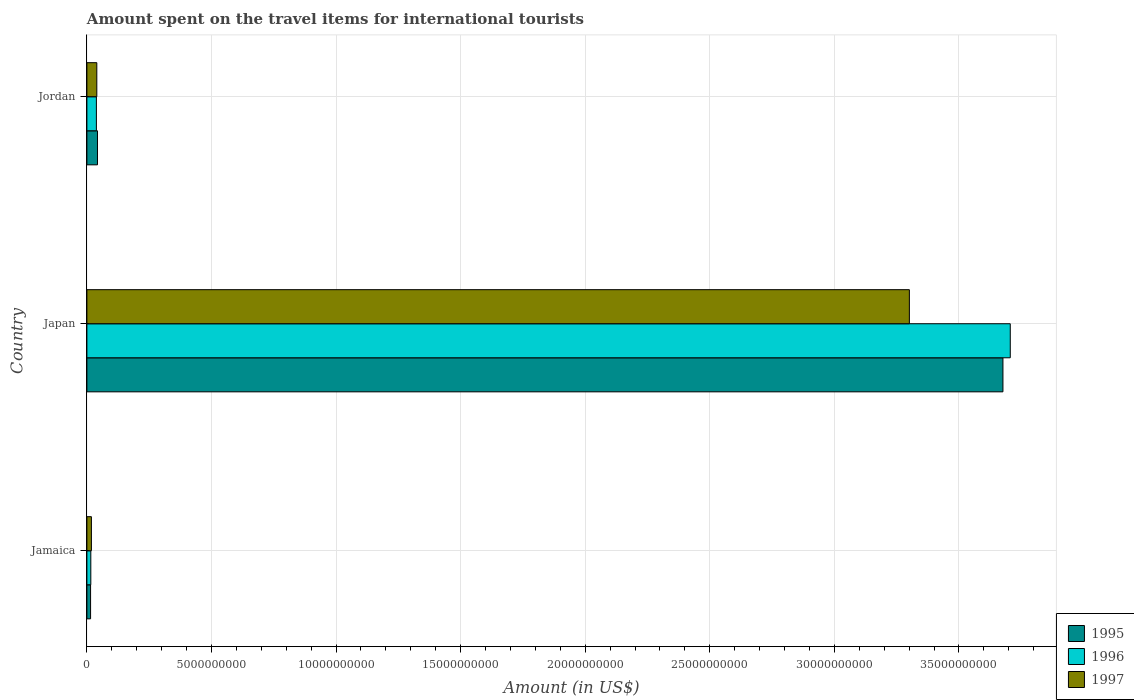
| Country | 1995 | 1996 | 1997 |
 | --- | --- | --- | --- |
 | Jamaica | 1.48e+08 | 1.57e+08 | 1.81e+08 |
 | Japan | 3.68e+10 | 3.71e+10 | 3.3e+10 |
 | Jordan | 4.25e+08 | 3.81e+08 | 3.98e+08 |